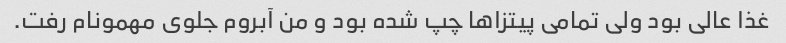
غذا عالی بود ولی تمامی پیتزاها چپ شده بود و من آبروم جلوی مهمونام رفت.